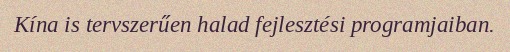
Kína is tervszerűen halad fejlesztési programjaiban.